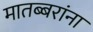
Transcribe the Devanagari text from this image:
मातब्बरांना